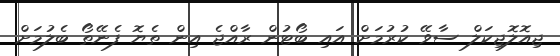
ޖިއޮލޮޖިކަލް ސާވޭ ކުރުމަށް އައި ބޯޓުން ރާއްޖެ އިން ތެޔޮ ފެނޭތޯ ބެލުމަށް